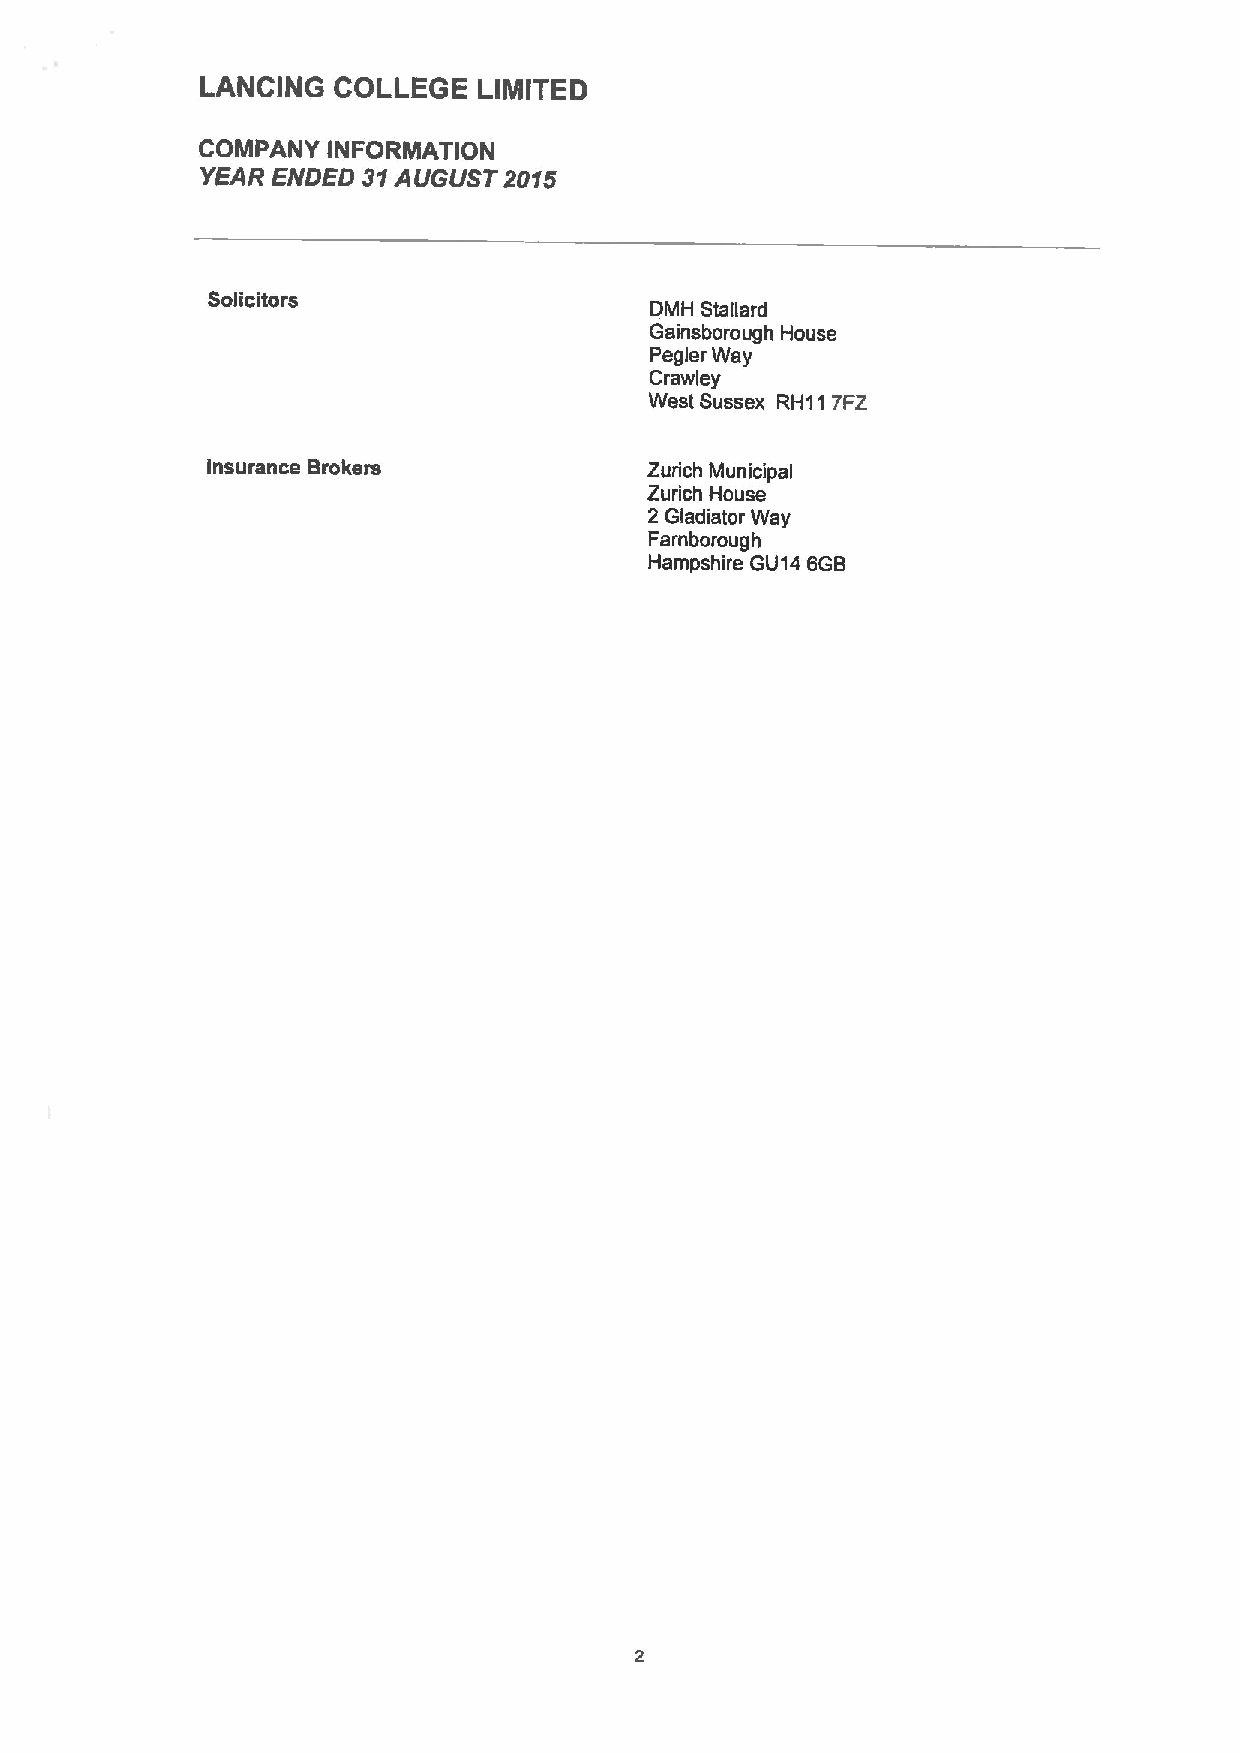
LANCING  COLLEGE   LINIITED
 COMPANY  INFORMATION
 YEAR ENDED 31AUGUST 2015
 Solicitors
 DMH Stallard
 Gainsborough House
 Pegler Way
 Crawley
 West Sussex RH11 7FZ
 Insurance Brokers            Zurich Municipal
 Zurich House
 2 Gladiator Way
 Farnborough
 Hampshire GU14 SGB